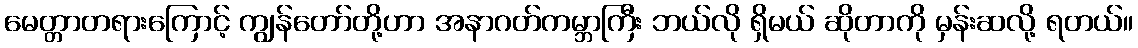
မေတ္တာတရားကြောင့် ကျွန်တော်တို့ဟာ အနာဂတ်ကမ္ဘာကြီး ဘယ်လို ရှိမယ် ဆိုတာကို မှန်းဆလို့ ရတယ်။